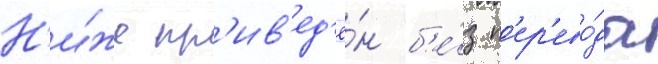
Н'и́же пр'ив'ед'ё́н б'е́з п'ер'ево́да